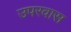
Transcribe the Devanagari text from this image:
उपरवास